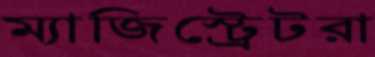
ম্যাজিস্ট্রেটরা